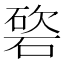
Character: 𥔩